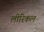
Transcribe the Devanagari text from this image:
लीरिकल